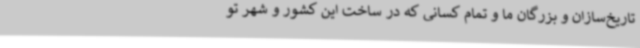
تاریخ‌سازان و بزرگان ما و تمام کسانی که در ساخت این کشور و شهر تو